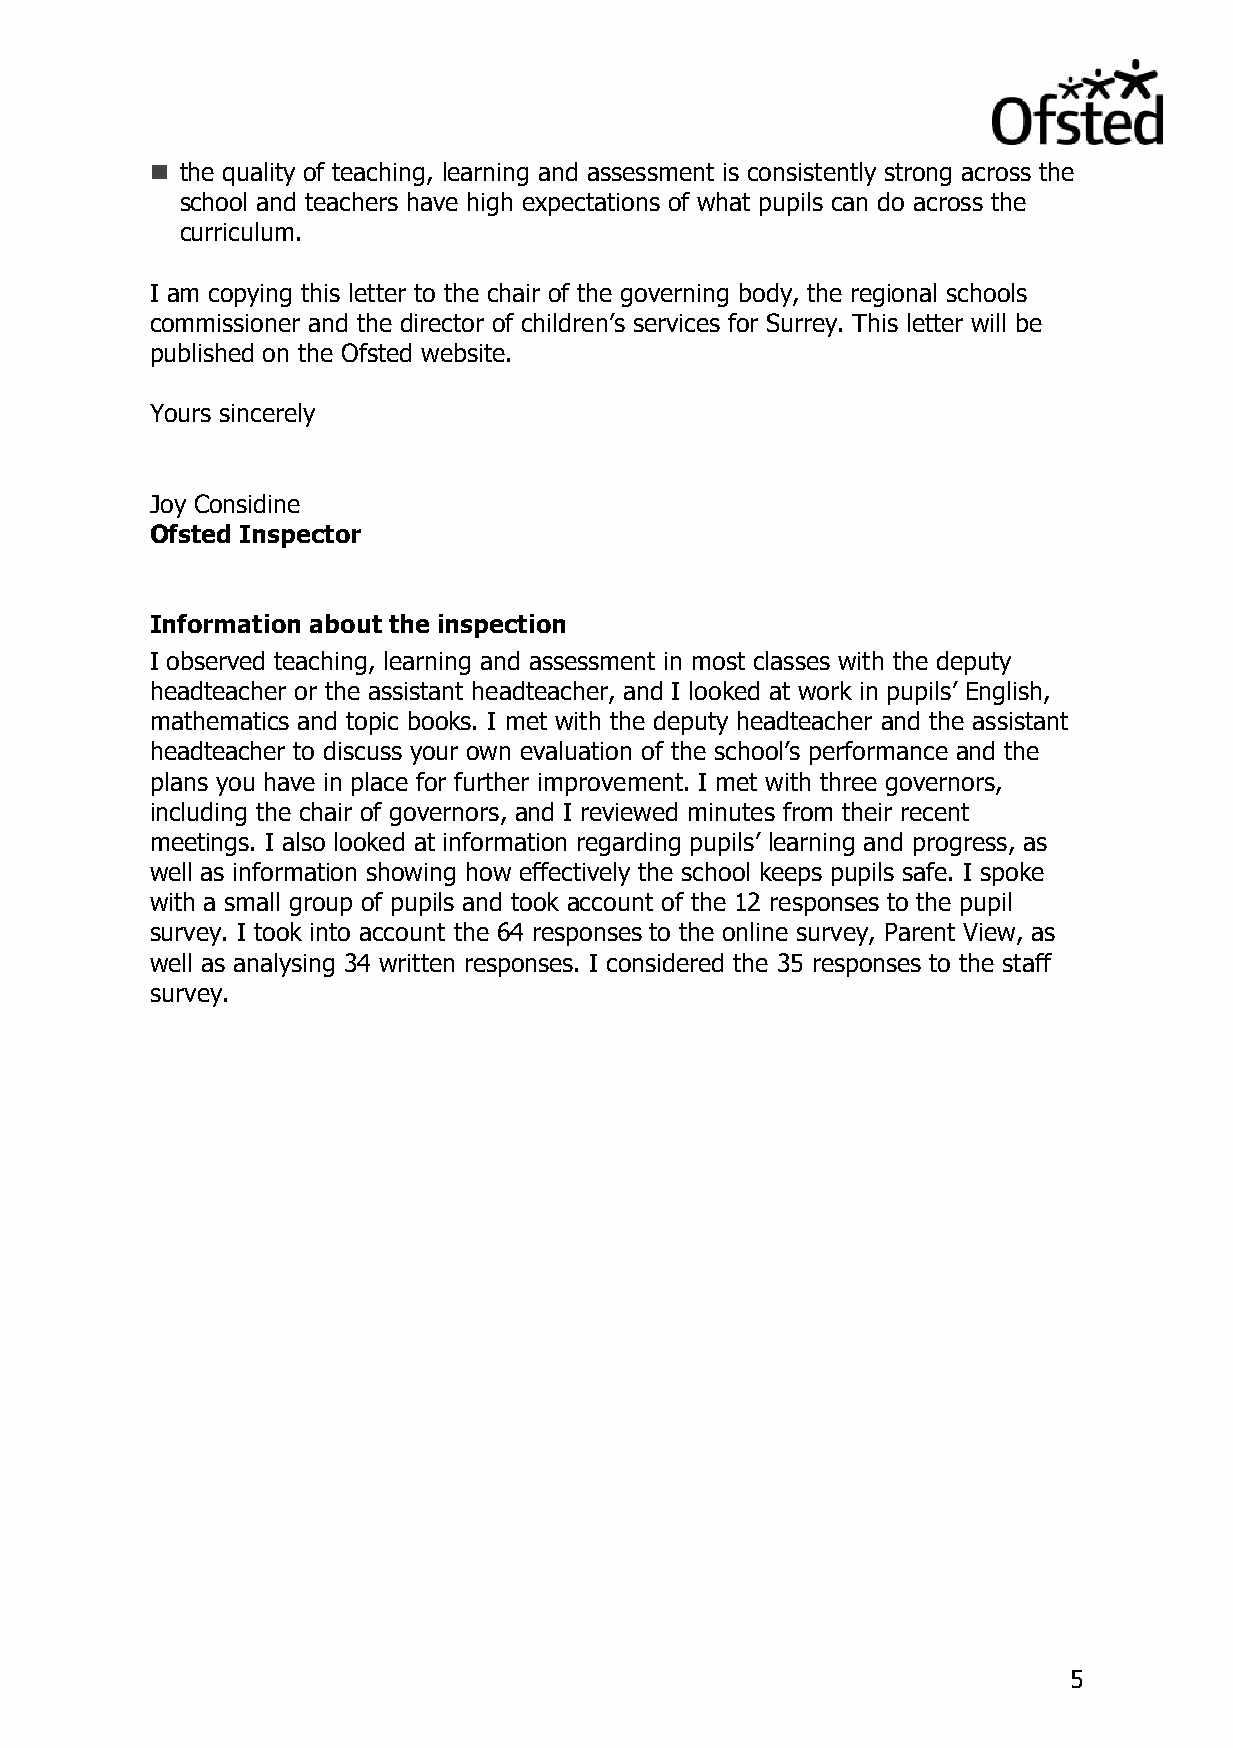
 the quality of teaching, learning and assessment is consistently strong across the
 school and teachers have high expectations of what pupils can do across the
 curriculum.
 I am copying this letter to the chair of the governing body, the regional schools
 commissioner and the director of children’s services for Surrey. This letter will be
 published on the Ofsted website.
 Yours sincerely
 Joy Considine
 Ofsted Inspector
 Information about the inspection
 I observed teaching, learning and assessment in most classes with the deputy
 headteacher or the assistant headteacher, and I looked at work in pupils’ English,
 mathematics and topic books. I met with the deputy headteacher and the assistant
 headteacher to discuss your own evaluation of the school’s performance and the
 plans you have in place for further improvement. I met with three governors,
 including the chair of governors, and I reviewed minutes from their recent
 meetings. I also looked at information regarding pupils’ learning and progress, as
 well as information showing how effectively the school keeps pupils safe. I spoke
 with a small group of pupils and took account of the 12 responses to the pupil
 survey. I took into account the 64 responses to the online survey, Parent View, as
 well as analysing 34 written responses. I considered the 35 responses to the staff
 survey.
 5